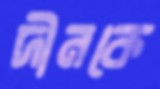
দীনকে